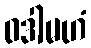
ဝဒါမဟံ